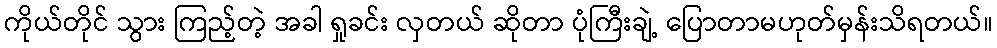
ကိုယ်တိုင် သွား ကြည့်တဲ့ အခါ ရှုခင်း လှတယ် ဆိုတာ ပုံကြီးချဲ့ ပြောတာမဟုတ်မှန်းသိရတယ်။